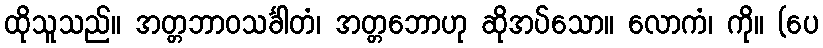
ထိုသူသည်။ အတ္တဘာဝသင်္ခါတံ၊ အတ္တဘောဟု ဆိုအပ်သော။ လောကံ၊ ကို။ (ပေ